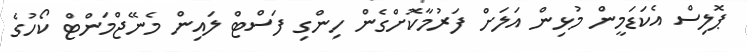
ޕޮލިސް އެކަޑަމީން މުޅިން އަލަށް ފަރުމާކޮށްގެން ހިންގި ފަސްޓް ލައިން މެނޭޖްމަންޓް ކޯހުގެ